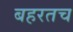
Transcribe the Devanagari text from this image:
बहरतच